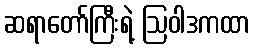
ဆရာတော်ကြီးရဲ့ ဩဝါဒကထာ